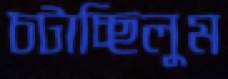
চটাচ্ছিলুম